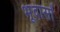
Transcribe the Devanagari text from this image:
भूदासों